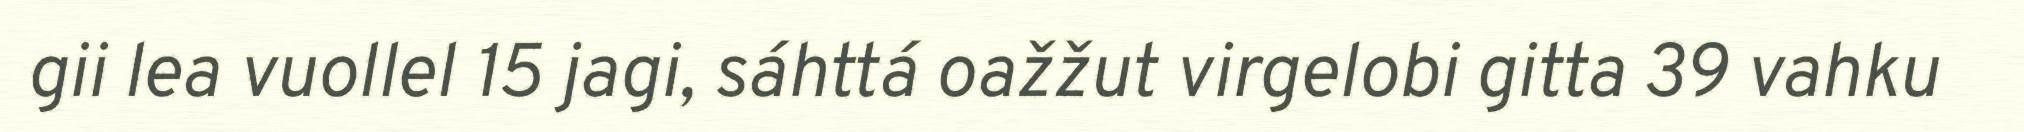
gii lea vuollel 15 jagi, sáhttá oažžut virgelobi gitta 39 vahku